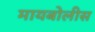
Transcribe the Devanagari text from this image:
मायबोलीस